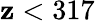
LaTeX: \mathbf{z}<317